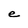
Character: e